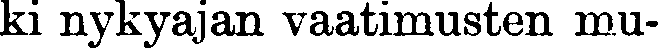
ki nykyajan vaatimusten mu-